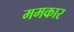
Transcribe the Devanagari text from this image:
ममकार